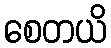
စေတယိ